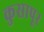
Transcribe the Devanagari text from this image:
कुसापूर